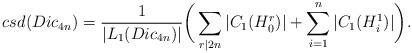
LaTeX: \begin{align*}csd(Dic_{4n})=\frac{1}{|L_1(Dic_{4n})|}\bigg(\sum_{r|2n}|C_1(H_0^r)|+\sum\limits_{i=1}^n|C_1(H_i^1)|\bigg).\end{align*}